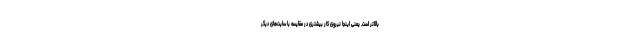
بالاتر است. یعنی اینجا نیروی کار بیشتری در مقایسه با سایت‌های دیگر